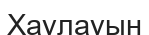
Хаулауын